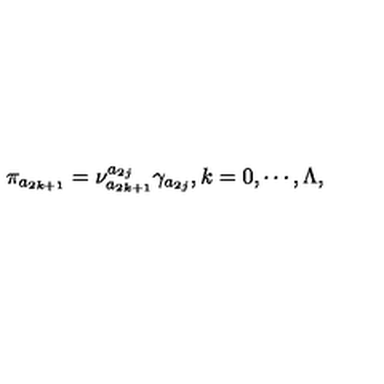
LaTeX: \pi _ { a _ { 2 k + 1 } } = \nu _ { a _ { 2 k + 1 } } ^ { a _ { 2 j } } \gamma _ { a _ { 2 j } } , k = 0 , \cdots , \Lambda ,